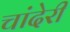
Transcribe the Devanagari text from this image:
चांदेरी